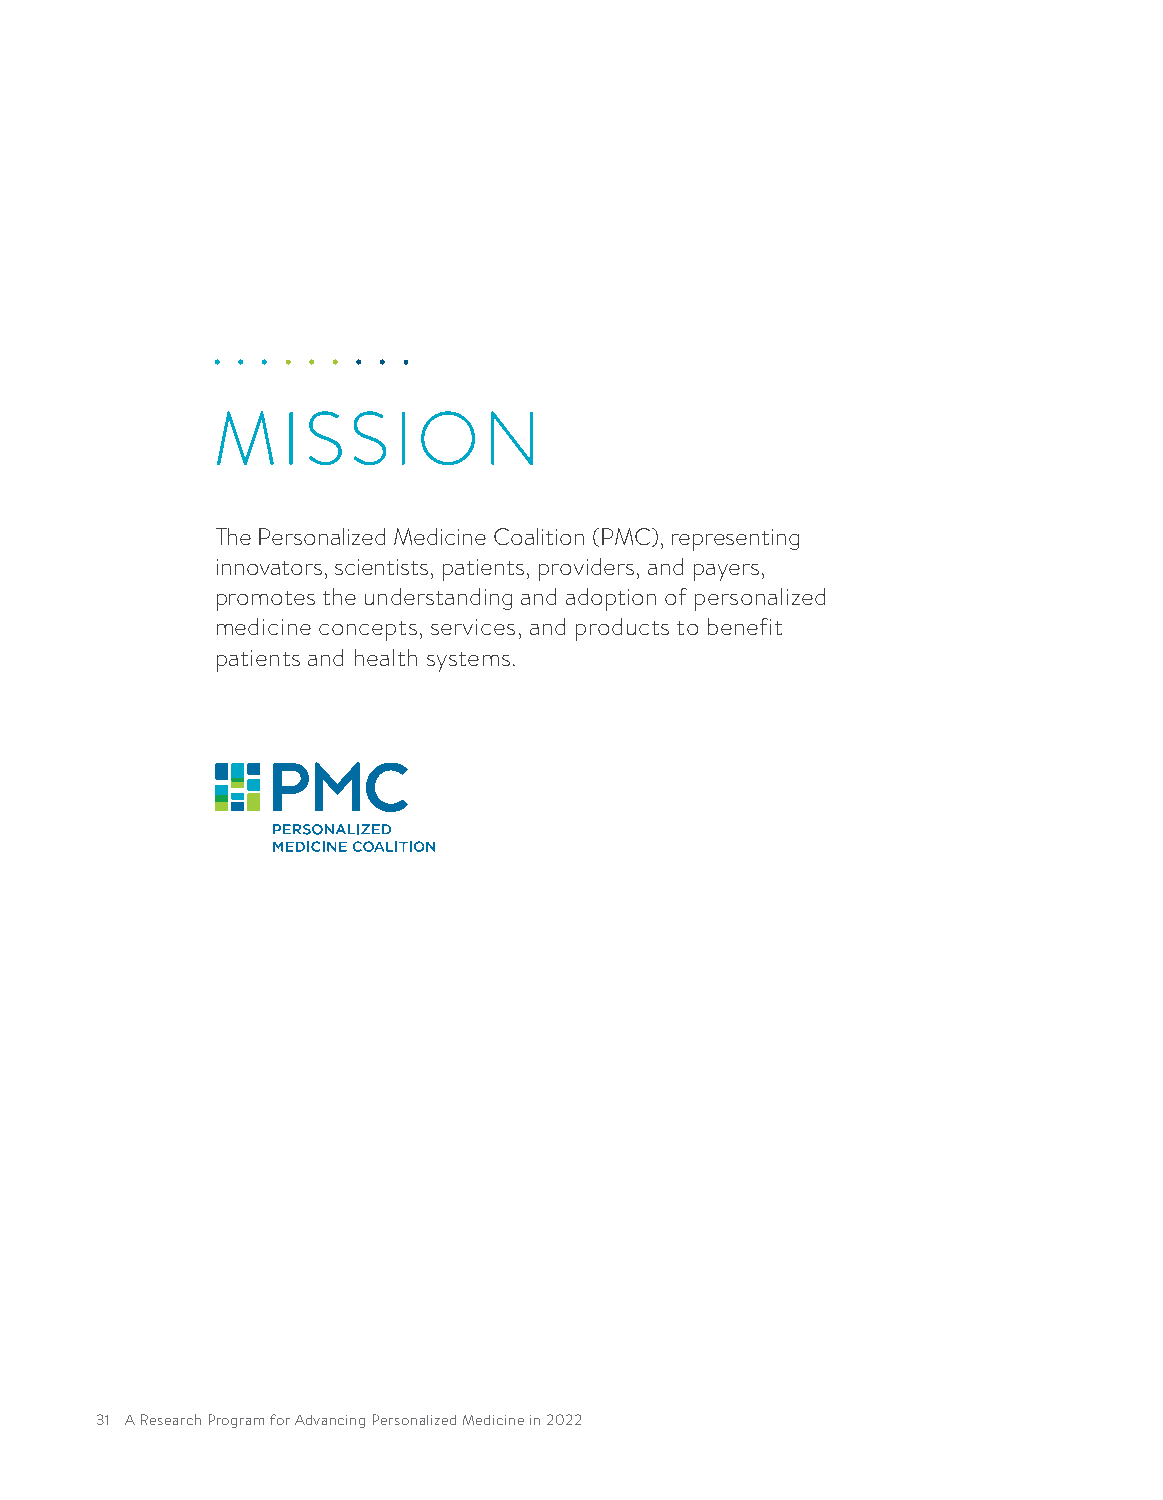
MISSION
 The Personalized Medicine Coalition (PMC), representing
 innovators, scientists, patients, providers, and payers,
 promotes the understanding and adoption of personalized
 medicine concepts, services, and products to benefit
 patients and health systems.
 31 A Research Program for Advancing Personalized Medicine in 2022